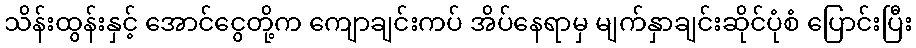
သိန်းထွန်းနှင့် အောင်ငွေတို့က ကျောချင်းကပ် အိပ်နေရာမှ မျက်နှာချင်းဆိုင်ပုံစံ ပြောင်းပြီး